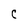
Character: C